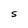
Character: S